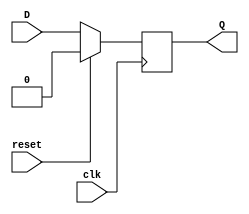
module D_flip_flop(D, Q, clk, reset); 
    input D, clk, reset ;
    output reg Q; 
    always @(posedge clk) 
        begin
            if (reset) 
                Q <= 1'b0;
            else
                Q <= D; 
        end 
endmodule


module sequence_gen(O,I, clk, reset);
    input I, clk, reset;
    output O;
    wire q2, q1, q0;
    wire d2, d1, d0;
    
  assign d2 = (q1 && q0) || (q2 && ~q0);
  assign d1 = (q1 && ~q0) || (~q2 && ~q1 && q0);
  assign d0 = (~q0 && I) || (q1 && ~q0) || (q2 && ~q0);
  assign O  = q2 || (~q1 && ~q0 && I);
  
    D_flip_flop dff2(d2, q2, clk, reset);
    D_flip_flop dff1(d1, q1, clk, reset);
    D_flip_flop dff0(d0, q0, clk, reset);
endmodule







module test_bench();
  reg clk, reset, I;
  wire O;
  sequence_gen inst(O, I, clk, reset);

  always #1 clk = ~clk;



  initial begin
    $dumpfile("graph.vcd");
    $dumpvars;
    clk = 1;
    reset = 1;
 	    I = 0;
    #5 reset = 0;
    #2 
    I = 1;
    #2
    I = 0;
    #2 
    I = 1;
    #2
    I = 0;

    

    #100 $finish;
  end
endmodule